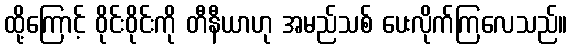
ထို့ကြောင့် ဝိုင်းဝိုင်းကို တီနီယာဟု အမည်သစ် ပေးလိုက်ကြလေသည်။